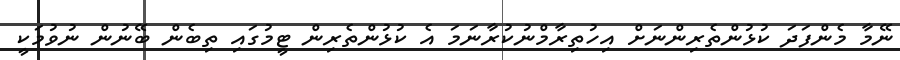
ނޭމާ މެންފަދަ ކުޅުންތެރިންނަށް އިހުތިރާމްނުކުރާނަމަ އެ ކުޅުންތެރިން ޓީމުގައި ތިބެން ބޭނުން ނުވުމަކީ